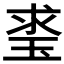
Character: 𤥲